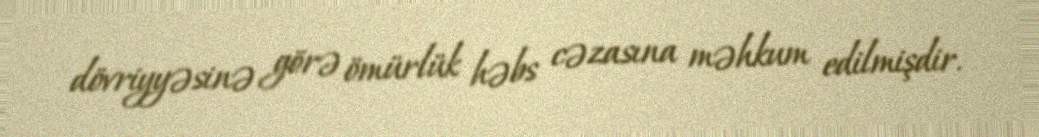
dövriyyəsinə görə ömürlük həbs cəzasına məhkum edilmişdir.